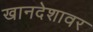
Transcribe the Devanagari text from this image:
खानदेशावर